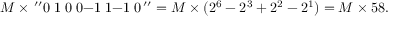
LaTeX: M \times \, ^ { \prime \prime } 0 \; 1 \; 0 \; 0 { \mathrm { - 1 } } \; 1 { \mathrm { - 1 } } \; 0 \, ^ { \prime \prime } = M \times ( 2 ^ { 6 } - 2 ^ { 3 } + 2 ^ { 2 } - 2 ^ { 1 } ) = M \times 5 8 .